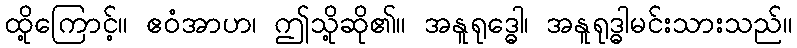
ထို့ကြောင့်။ ဧဝံအာဟ၊ ဤသို့ဆို၏။ အနူရုဒ္ဓေါ၊ အနူရုဒ္ဓါမင်းသားသည်။